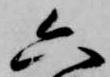
六